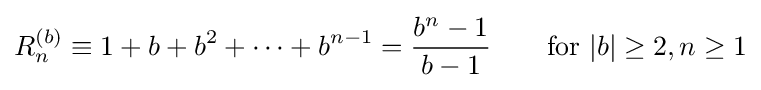
R_{n}^{(b)}\equiv 1+b+b^{2}+\cdots +b^{n-1}={b^{n}-1 \over {b-1}}\qquad {\mbox{for }}|b|\geq 2,n\geq 1